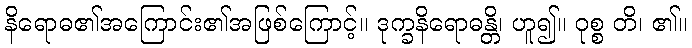
နိရောဓ၏အကြောင်း၏အဖြစ်ကြောင့်။ ဒုက္ခနိရောဓန္တိ၊ ဟူ၍။ ဝုစ္စ တိ၊ ၏။